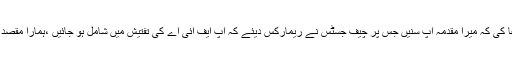
انہوں چیف جسٹس سے استدعا کی کہ میرا مقدمہ آپ سنیں جس پر چیف جسٹس نے ریمارکس دیئے کہ آپ ایف آئی اے کی تفتیش میں شامل ہو جائیں ،ْہمارا مقصد کسی کی تضحیک کرنا نہیں۔